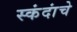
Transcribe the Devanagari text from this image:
स्कंदांचे